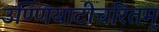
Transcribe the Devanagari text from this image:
उण्णियाटीचरितम्